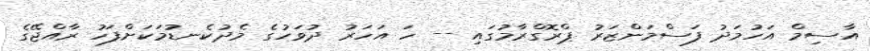
އާސިމް އަހުމަދު ފަސްމަންޒަރު ޕްރޮގްރާމުގައި -- ހަ އަހަރު ދުވަހުގެ މެދުކެނޑުމަކަށްފަހު ރާއްޖޭގެ